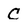
Character: C